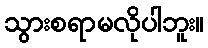
သွားစရာမလိုပါဘူး။